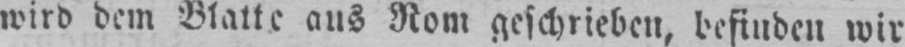
wird dem Blatte aus Rom geschrieben, befinden wir